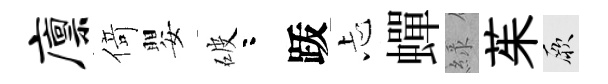
廪𠋣嬰破咯䟦忐蟬緑茱厥